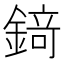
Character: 𨪆